Annual report of the Civil Veterinary Department, Bengal, for the year 1896-97 - 1896-1897
Year: 1896
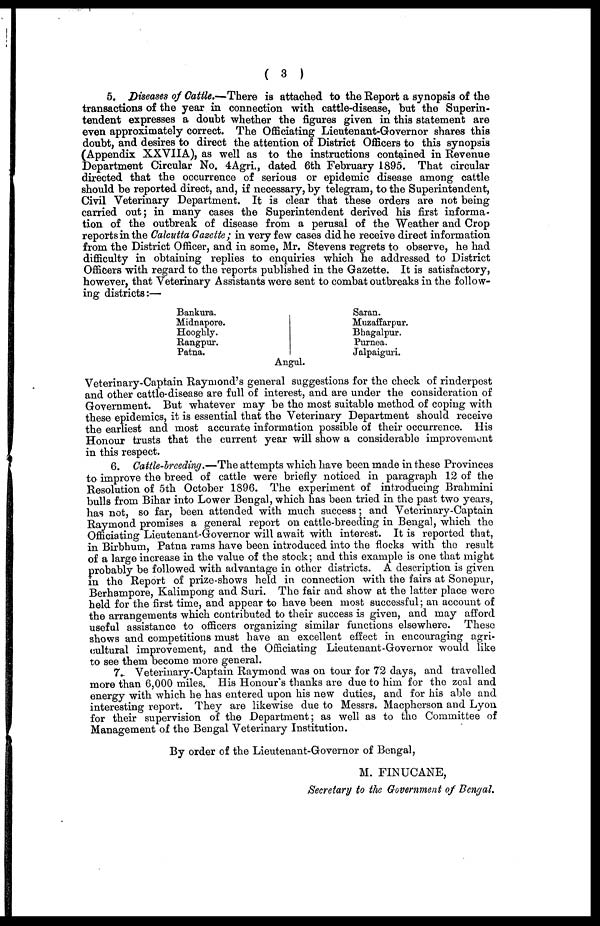
( 3 )
5. Diseases of Cattle,—There is attached to the Report a synopsis of the
transactions of the year in connection with cattle-disease, but the Superin-
tendent expresses a doubt whether the figures given in this statement are
even approximately correct. The Officiating Lieutenant-Governor shares this
doubt, and desires to direct the attention of District Officers to this synopsis
(Appendix XXVIIA), as well as to the instructions contained in Revenue
Department Circular No. 4Agri., dated 6th February 1895. That circular
directed that the occurrence of serious or epidemic disease among cattle
should be reported direct, and, if necessary, by telegram, to the Superintendent,
Civil Veterinary Department. It is clear that these orders are not being
carried out; in many cases the Superintendent derived his first informa-
tion of the outbreak of disease from a perusal of the Weather and Crop
reports in the Calcutta Gazette; in very few cases did he receive direct information
from the District Officer, and in some, Mr. Stevens regrets to observe, he had
difficulty in obtaining replies to enquiries which he addressed to District
Officers with regard to the reports published in the Gazette. It is satisfactory,
however, that Veterinary Assistants were sent to combat outbreaks in the follow-
ing districts:—
Bankura.
Midnapore.
Hooghly.
Rangpur.
Patna.
Saran.
Muzaffarpur.
Bhagalpur.
Purnea.
Jalpaiguri.
Angul.
Veterinary-Captain Raymond's general suggestions for the check of rinderpest
and other cattle-disease are full of interest, and are under the consideration of
Government. But whatever may be the most suitable method of coping with
these epidemics, it is essential that the Veterinary Department should receive
the earliest and most accurate information possible of their occurrence. His
Honour trusts that the current year will show a considerable improvement
in this respect.
6. Cattle-breeding.—The attempts which have been made in these Provinces
to improve the breed of cattle were briefly noticed in paragraph 12 of the
Resolution of 5th October 1896. The experiment of introducing Brahmini
bulls from Bihar into Lower Bengal, which has been tried in the past two years,
has not, so far, been attended with much success; and Veterinary-Captain
Raymond promises a general report on cattle-breeding in Bengal, which the
Officiating Lieutenant-Governor will await with interest. It is reported that,
in Birbhum, Patna rams have been introduced into the flocks with the result
of a large increase in the value of the stock; and this example is one that might
probably be followed with advantage in other districts. A description is given
in the Report of prize-shows held in connection with the fairs at Sonepur,
Berhampore, Kalimpong and Suri. The fair and show at the latter place were
held for the first time, and appear to have been most successful; an account of
the arrangements which contributed to their success is given, and may afford
useful assistance to officers organizing similar functions elsewhere. These
shows and competitions must have an excellent effect in encouraging agri-
cultural improvement, and the Officiating Lieutenant-Governor would like
to see them become more general.
7. Veterinary-Captain Raymond was on tour for 72 days, and travelled
more than 6,000 miles. His Honour's thanks are due to him for the zeal and
energy with which he has entered upon his new duties, and for his able and
interesting report. They are likewise due to Messrs. Macpherson and Lyon
for their supervision of the Department; as well as to the Committee of
Management of the Bengal Veterinary Institution.
By order of the Lieutenant-Governor of Bengal,
M. FINUCANE,
Secretary to the Government of Bengal.